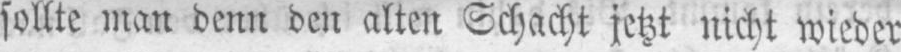
sollte man denn den alten Schacht jetzt nicht wieder